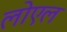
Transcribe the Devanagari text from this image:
लोएल